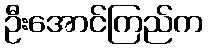
ဦးအောင်ကြည်က